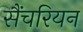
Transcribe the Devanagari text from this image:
सैंचरियन